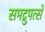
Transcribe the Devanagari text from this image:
समद्रुपत्से